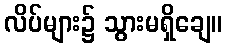
လိပ်များ၌ သွားမရှိချေ။